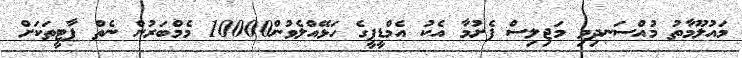
މައުލޫމާތު މުއްސަނދިވި މަޖިލިސް ފެށުމާ އެކު އެމްޑީޕީގެ ހަޅޭއްލެވުން10000 މެމްބަރުން ނެތް ޕާޓީތަކަށް